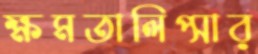
ক্ষমতালিপ্সার